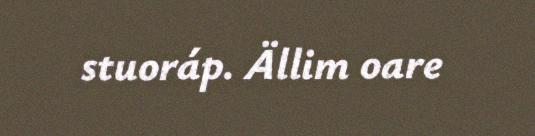
stuoráp. Ällim oare